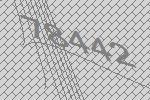
78442